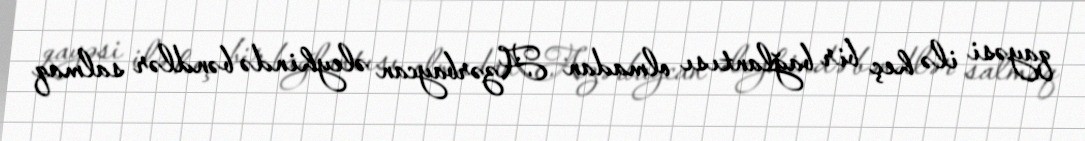
qayəsi ilə heç bir bağlantısı olmadan Azərbaycan əleyhində bəndlər salmaq